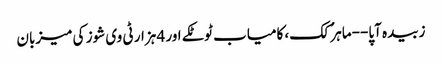
زبیدہ آپا--ماہر ُکک، کامیاب ٹوٹکے اور 4 ہزار ٹی وی شوز کی میزبان